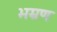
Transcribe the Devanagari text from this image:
भम्रण